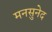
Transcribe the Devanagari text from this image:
मनसुनेद